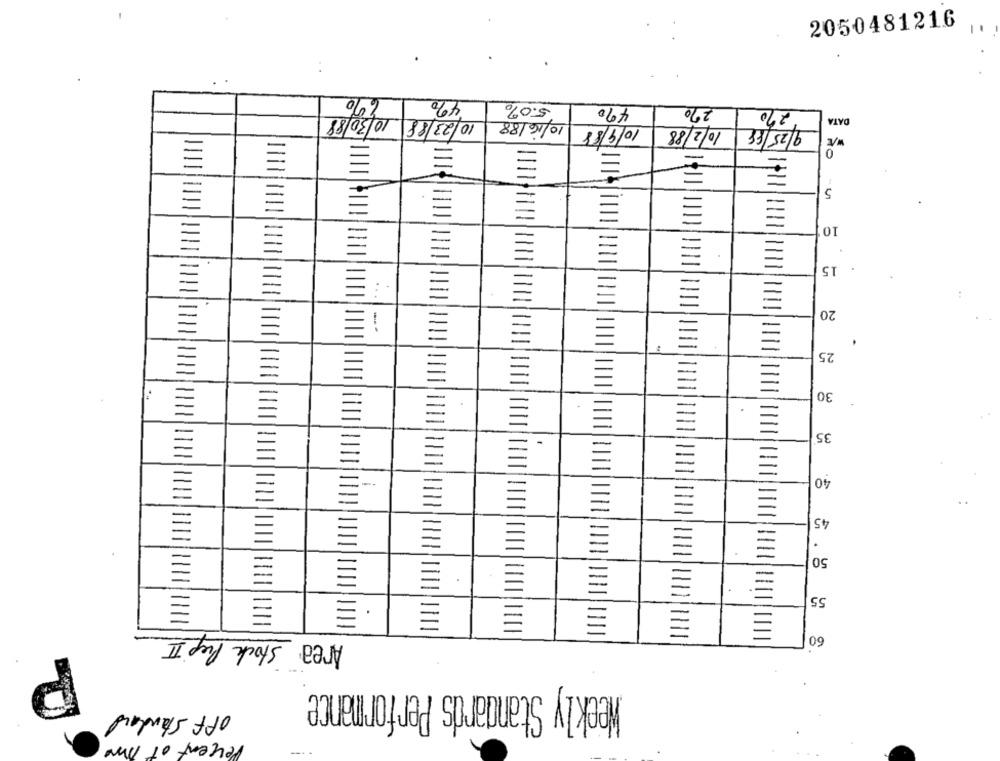
2050481216
670
4%
5.0%
49
290
270
10/23/88 10/30/88
10/16/88
DATA
10/9/88
10/2/88
9/25/88
W/E
0
=
5
1111
10
15
20
25
30
35
40
45
50
=
55
Area: Stock Pep I
60
Weekly Standards Performance
off Standard
Percent of time